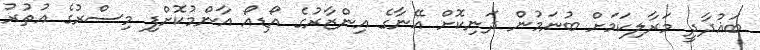
ބަޣުދާދީ މަރާލިކަމަށް ބުނަމުން ދަނިކޮށް އޭނާގެ އިންޒާރުގެ އޯޑިއޯ އާންމުކޮށްފި މިސްރުގެ އުތުރު